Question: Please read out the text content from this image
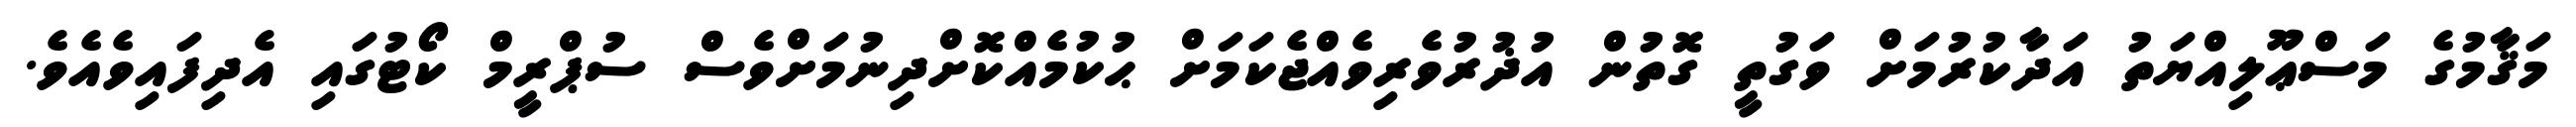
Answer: މަޤާމުގެ މަސްޢޫލިއްޔަތު އަދާކުރުމަށް ވަގުތީ ގޮތުން އުޛުރުވެރިވެއްޖެކަމަށް ޙުކުމެއްކޮށްދިނުމަށްވެސް ސުޕްރީމް ކޯޓުގައި އެދިފައިވެއެވެ.